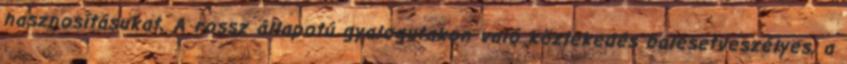
hasznosításukat. A rossz állapotú gyalogutakon való közlekedés balesetveszélyes, a